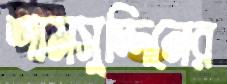
শামসুদ্দিনের